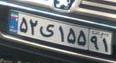
۵۲ی۱۵۵۹۱